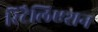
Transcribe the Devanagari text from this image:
रिटैलिएशन